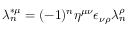
\lambda _ { n } ^ { * \mu } = ( - 1 ) ^ { n } \eta ^ { \mu \nu } \epsilon _ { \nu \rho } \lambda _ { n } ^ { \rho }